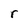
Character: r